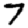
Digit: 7